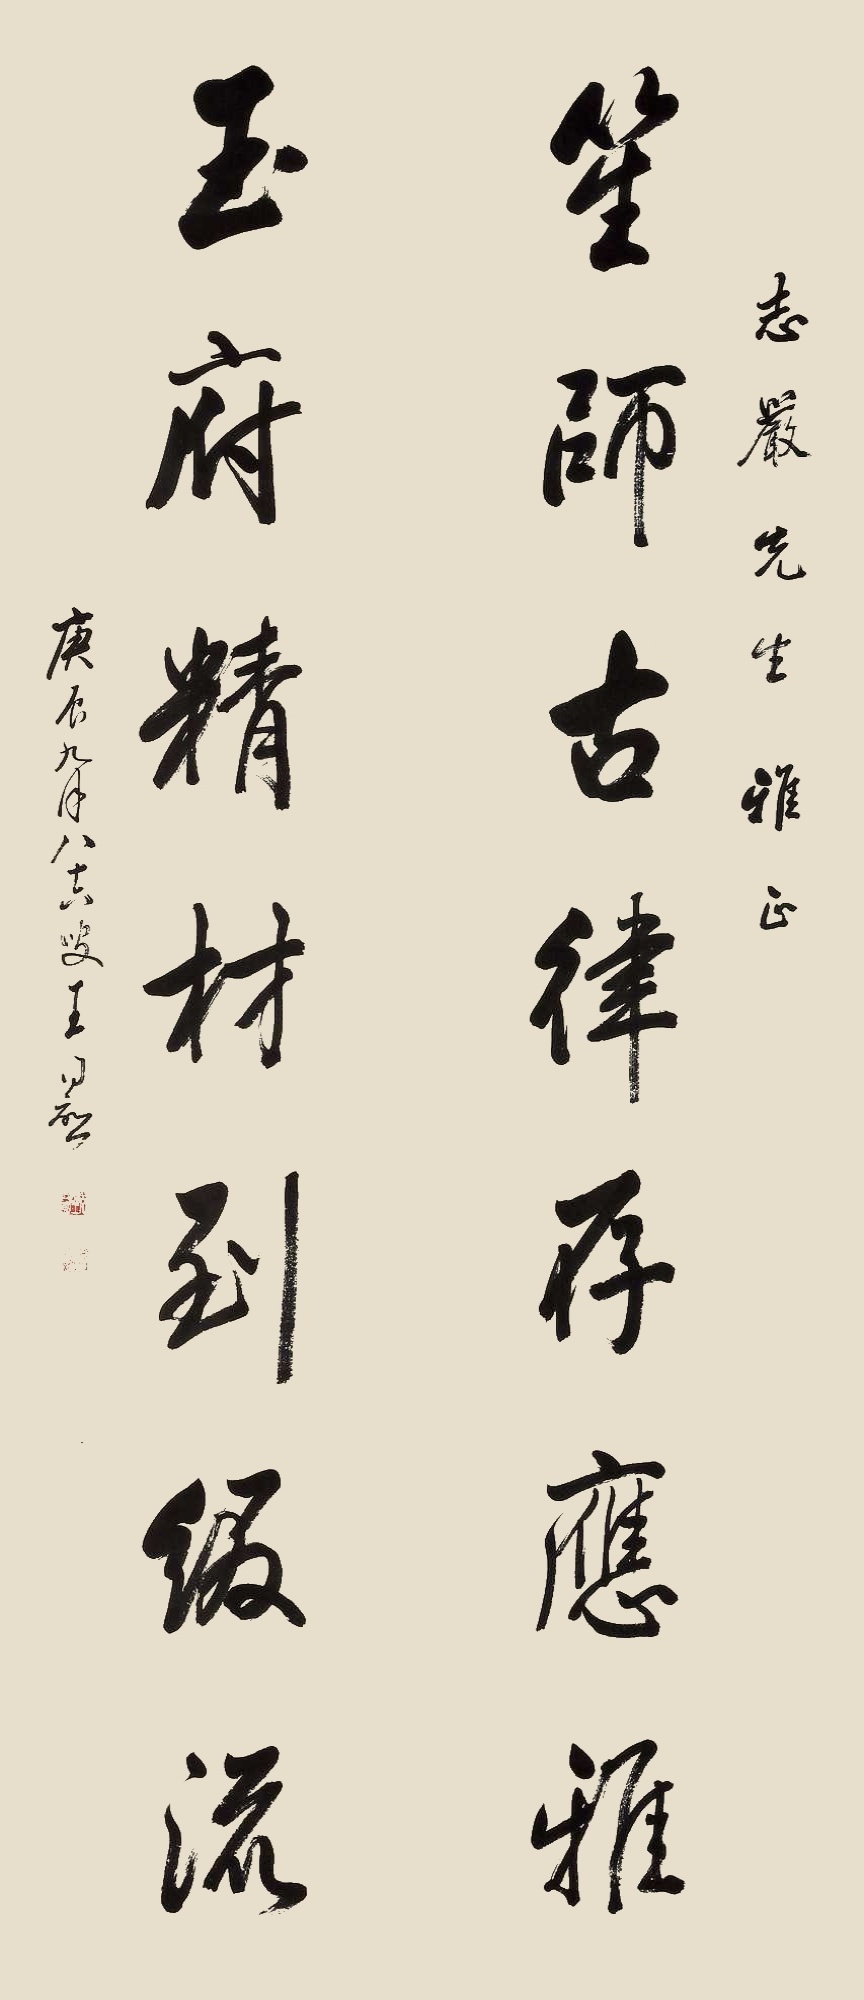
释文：笙师古律存应雅，玉府精材到缀流。志严先生雅正。庚辰九月，八十六叟王同愈。